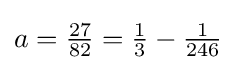
a={\tfrac {27}{82}}={\tfrac {1}{3}}-{\tfrac {1}{246}}